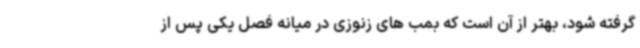
گرفته شود، بهتر از آن است که بمب های زنوزی در میانه فصل یکی پس از